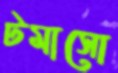
টমাসো